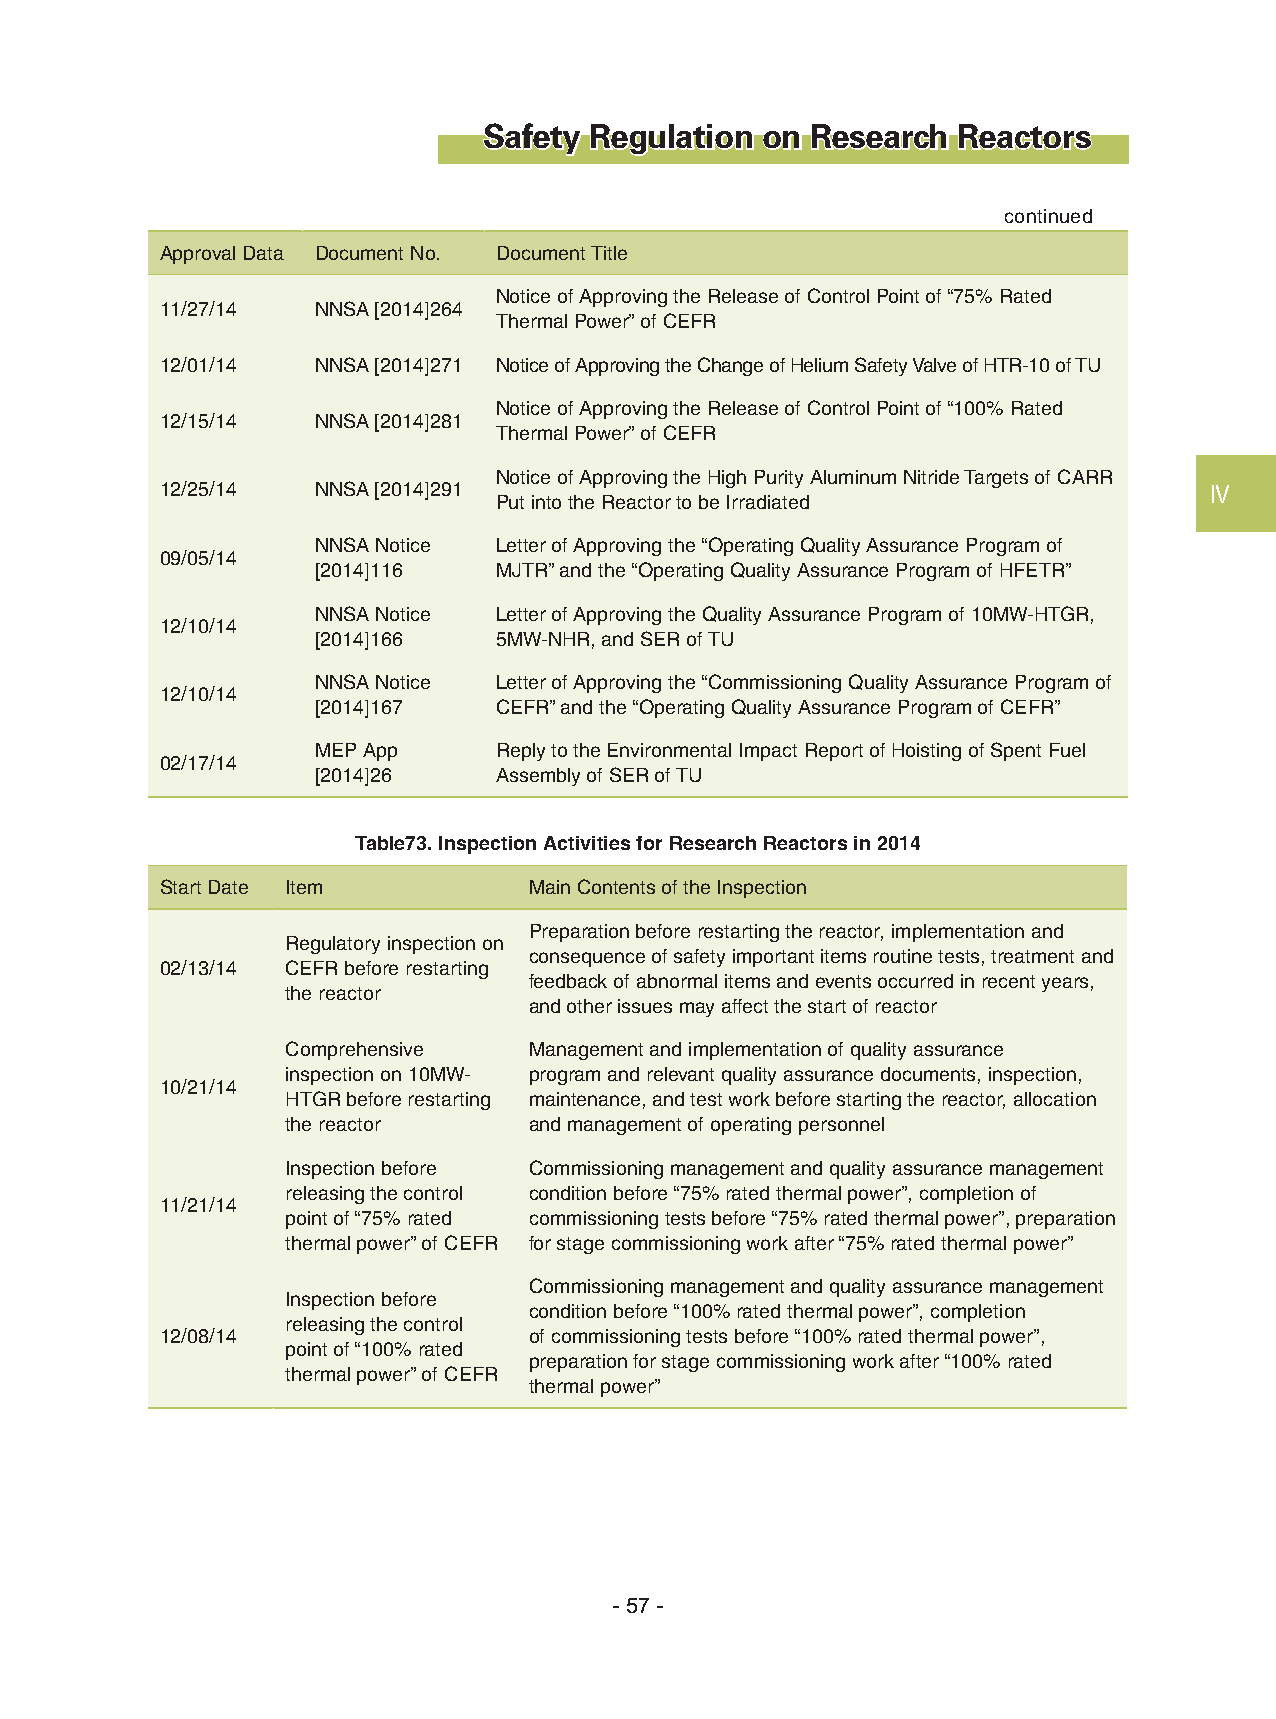
Safety Regulation on  Research Reactors
 continued
 Approval Data Document No. Document Title
 Notice of Approving the Release of Control Point of “75% Rated
 11/27/14  NNSA [2014]264
 Thermal Power” of CEFR
 12/01/14  NNSA [2014]271 Notice of Approving the Change of Helium Safety Valve of HTR-10 of TU
 Notice of Approving the Release of Control Point of “100% Rated
 12/15/14  NNSA [2014]281
 Thermal Power” of CEFR
 Notice of Approving the High Purity Aluminum Nitride Targets of CARR
 12/25/14  NNSA [2014]291                                             Ⅳ
 Put into the Reactor to be Irradiated
 NNSA Notice Letter of Approving the “Operating Quality Assurance Program of
 09/05/14
 [2014]116   MJTR” and the “Operating Quality Assurance Program of HFETR”
 NNSA Notice Letter of Approving the Quality Assurance Program of 10MW-HTGR,
 12/10/14
 [2014]166   5MW-NHR, and SER of TU
 NNSA Notice Letter of Approving the “Commissioning Quality Assurance Program of
 12/10/14
 [2014]167   CEFR” and the “Operating Quality Assurance Program of CEFR”
 MEP App     Reply to the Environmental Impact Report of Hoisting of Spent Fuel
 02/17/14
 [2014]26    Assembly of SER of TU
 Table73. Inspection Activities for Research Reactors in 2014
 Start Date Item         Main Contents of the Inspection
 Preparation before restarting the reactor, implementation and
 Regulatory inspection on
 consequence of safety important items routine tests, treatment and
 02/13/14 CEFR before restarting
 feedback of abnormal items and events occurred in recent years,
 the reactor
 and other issues may affect the start of reactor
 Comprehensive   Management and implementation of quality assurance
 inspection on 10MW- program and relevant quality assurance documents, inspection,
 10/21/14
 HTGR before restarting maintenance, and test work before starting the reactor, allocation
 the reactor     and management of operating personnel
 Inspection before Commissioning management and quality assurance management
 releasing the control condition before “75% rated thermal power”, completion of
 11/21/14
 point of “75% rated commissioning tests before “75% rated thermal power”, preparation
 thermal power” of CEFR for stage commissioning work after “75% rated thermal power”
 Commissioning management and quality assurance management
 Inspection before
 condition before “100% rated thermal power”, completion
 releasing the control
 12/08/14                of commissioning tests before “100% rated thermal power”,
 point of “100% rated
 preparation for stage commissioning work after “100% rated
 thermal power” of CEFR
 thermal power”
 - 57 -